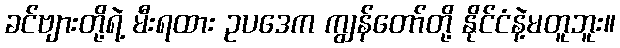
ခင်ဗျားတို့ရဲ့ မီးရထား ဥပဒေက ကျွန်တော်တို့ နိုင်ငံနဲ့မတူဘူး။